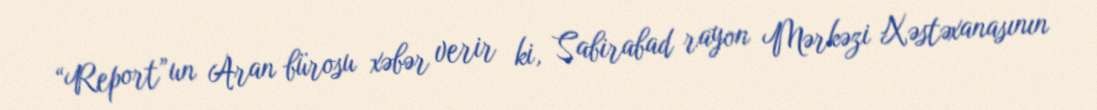
“Report”un Aran bürosu xəbər verir ki, Sabirabad rayon Mərkəzi Xəstəxanasının